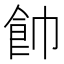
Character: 𩚍